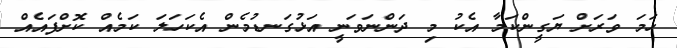
ހަމަ ވަރަށް ޔަގީންކަމާ އެކު މި ދަންނަވަނީ އަޅުގަނޑުމެން އެކަހަލަ ކަމެއް ކޮށްފައެއް